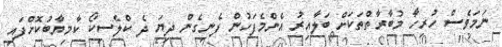
ނަމަވެސް ހުރިހާ މުބާރާތްތަކަށް ބަލާއިރު އެންމެފަހުން ފެނިގެން ދިޔަ ދެ ކްލެސިކޯ ކާމިޔާބުކޮށްފައި